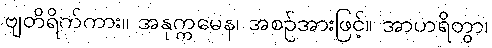
ဗျတိရိက်ကား။ အနုက္ကမေန၊ အစဉ်အားဖြင့်။ အာဟရိတွာ၊